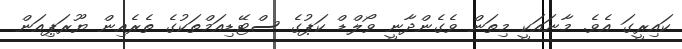
ކައިރީގަ އެވެ. މާނައަކީ މިތަން ވެގެންދާނީ ވޯލްޑް ކަޕުގެ ސްޓޭޑިއަމްތަކުގެ ތެރެއިން ޔޫރަޕިއަން